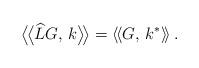
LaTeX: \begin{align*}\bigl\langle \!\bigl\langle \widehat{L} G,\,k\bigr\rangle \!\bigr\rangle=\left\langle \!\left\langle G,\,k^*\right\rangle \!\right\rangle.\end{align*}